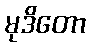
မုဒိတော